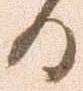
ひ